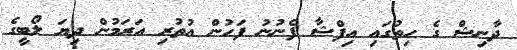
ދާނިޝް ގެ ހިތުގައި އިފްޝާ ފެނުނު ފަހުން އުތުރި އަރަމުން ދިޔަ ލޯބީގެ